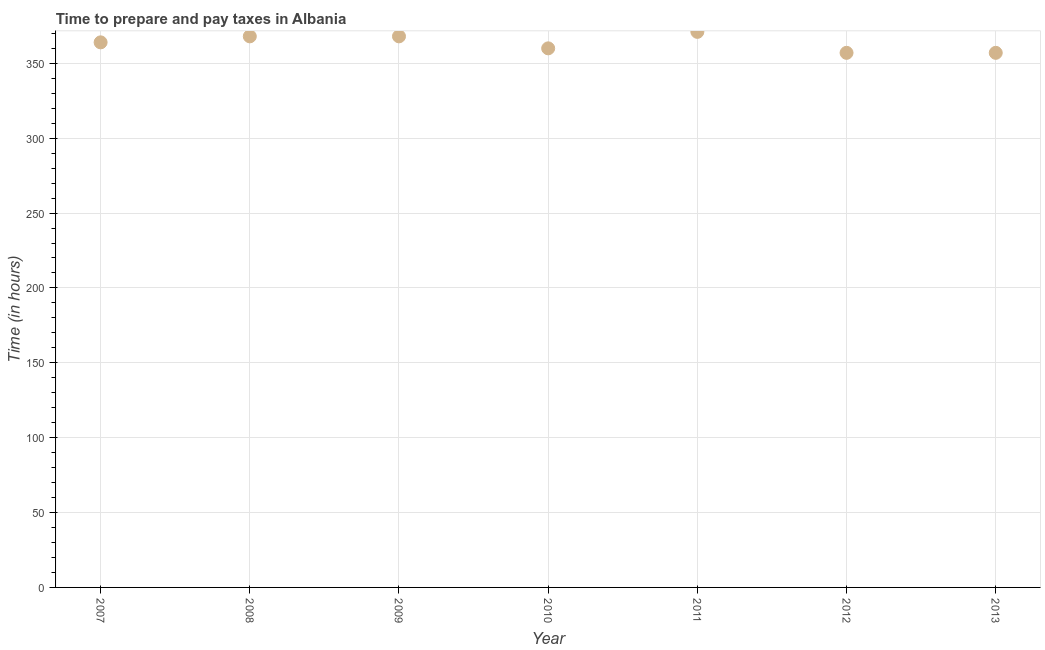
| Year | Time to prepare and pay taxes |
 | --- | --- |
 | 2007 | 364 |
 | 2008 | 368 |
 | 2009 | 368 |
 | 2010 | 360 |
 | 2011 | 371 |
 | 2012 | 357 |
 | 2013 | 357 |